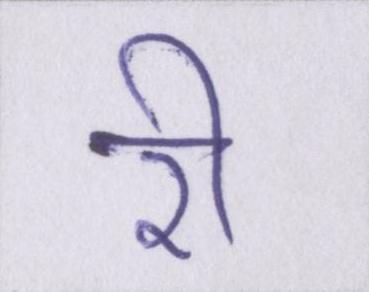
री